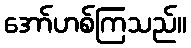
အော်ဟစ်ကြသည်။